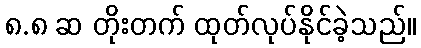
၈.၈ ဆ တိုးတက် ထုတ်လုပ်နိုင်ခဲ့သည်။